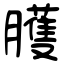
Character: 臒